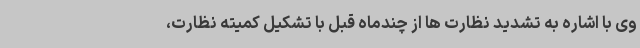
وی با اشاره به تشدید نظارت ها از چندماه قبل با تشکیل کمیته نظارت،